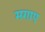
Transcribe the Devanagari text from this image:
मगाए